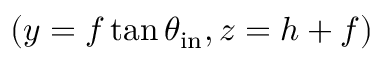
( y = f \tan { \theta _ { \mathrm { i n } } } , z = h + f )